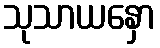
သုသာယနှော